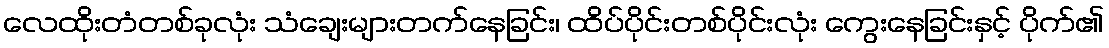
လေထိုးတံတစ်ခုလုံး သံချေးများတက်နေခြင်း၊ ထိပ်ပိုင်းတစ်ပိုင်းလုံး ကွေးနေခြင်းနှင့် ပိုက်၏